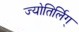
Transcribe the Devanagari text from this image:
ज्योतिर्लिग्